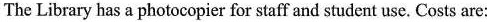
The Library has a photocopier for staff and student use. Costs are: